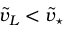
\tilde { v } _ { L } < \tilde { v } _ { \star }